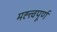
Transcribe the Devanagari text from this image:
मह्त्त्वपूर्ण